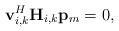
LaTeX: \begin{align*}\mathbf{v}_{i,k}^H\mathbf{H}_{i,k}\mathbf{p}_{m}=0,\end{align*}